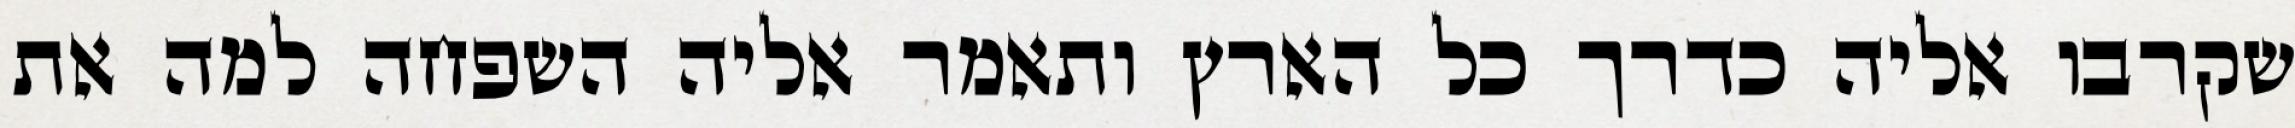
שקרבו אליה כדרך כל הארץ ותאמר אליה השפחה למה את